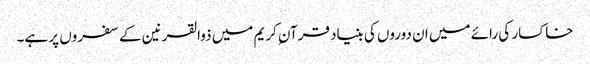
خاکسار کی رائے میں ان دوروں کی بنیاد قرآن ِکریم میں ذوالقرنین کے سفروں پر ہے۔